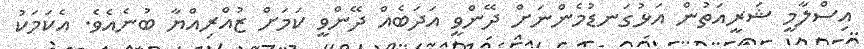
އިސްލާމީ ޝަރީއަތުން އަޅުގަނޑުމެންނަށް ދޭންވީ އަދަބެއް ދޭންވީ ކަމަށް ޒުއްރިއްޔާ ބުނެއެވެ. އެކަމަކު